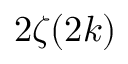
2 \zeta ( 2 k )